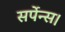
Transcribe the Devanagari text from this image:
सर्पेन्स।